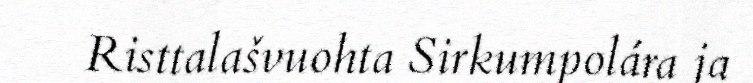
Risttalašvuohta Sirkumpolára ja